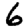
Digit: 6